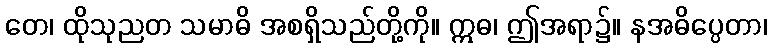
တေ၊ ထိုသုညတ သမာဓိ အစရှိသည်တို့ကို။ ဣဓ၊ ဤအရာ၌။ နအဓိပ္ပေတာ၊